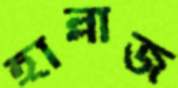
হাল্লাজ